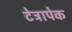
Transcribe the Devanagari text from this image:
टेट्रापेक